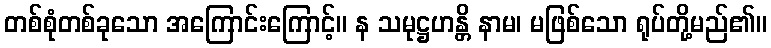
တစ်စုံတစ်ခုသော အကြောင်းကြောင့်။ န သမုဋ္ဌဟန္တိ နာမ၊ မဖြစ်သော ရုပ်တို့မည်၏။